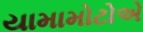
યામામોટોએ